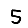
Digit: 5